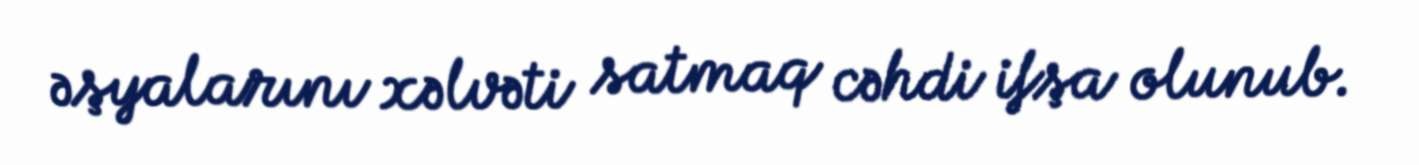
əşyalarını xəlvəti satmaq cəhdi ifşa olunub.